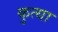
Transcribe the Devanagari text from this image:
कुत्या